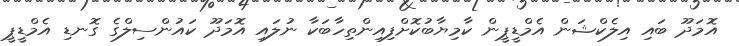
އޮމަދޫ ބައި އިލެކްޝަން އެމްޑީޕީން ކާމިޔާބުކޮށްފިއިންތިހާބަކާ ނުލައި އޮމަދޫ ކައުންސިލްގެ ގޮނޑި އެމްޑީޕީ